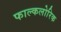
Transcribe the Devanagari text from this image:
फाल्कलोरिक